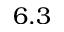
6 . 3